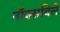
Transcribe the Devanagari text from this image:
नाॅक्सविले